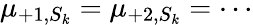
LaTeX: \mu_{+1,S_{k}}=\mu_{+2,S_{k}}=\cdots